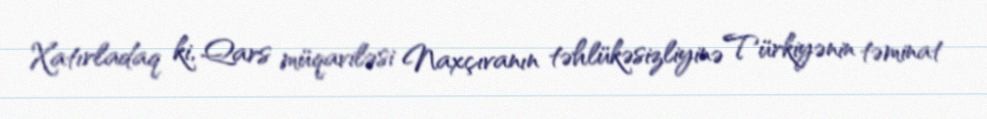
Xatırladaq ki, Qars müqaviləsi Naxçıvanın təhlükəsizliyinə Türkiyənin təminat